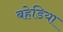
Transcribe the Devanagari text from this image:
बहेडिया